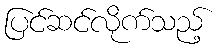
ပြင်ဆင်လိုက်သည့်